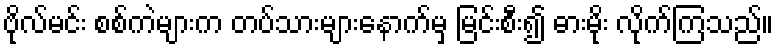
ဗိုလ်မင်း စစ်ကဲများက တပ်သားများနောက်မှ မြင်းစီး၍ ဓားမိုး လိုက်ကြသည်။